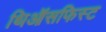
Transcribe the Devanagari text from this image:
थिऑसफिस्ट